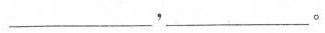
___，___。